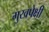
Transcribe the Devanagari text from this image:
मुखपेक्षी